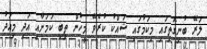
ލަރޭ ބުނިގޮތިގައި މިކަމުގައި ޝައްކު ކުރެވޭ މީހުން ތިބި ކަމަށާއި އަދި މިއަދު